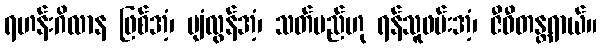
ရဟန်းဂိလာန ဖြစ်အံ့၊ ပျံလွန်အံ့၊ သတ်မည်ဟု ရန်သူဖမ်းအံ့၊ ဇီဝီတန္တရာယ်။